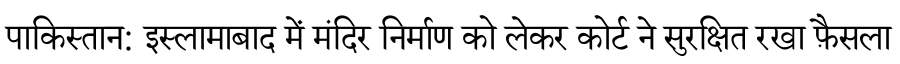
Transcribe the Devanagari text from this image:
पाकिस्तान: इस्लामाबाद में मंदिर निर्माण को लेकर कोर्ट ने सुरक्षित रखा फ़ैसला